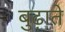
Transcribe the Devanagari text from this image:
बुढ़ाते